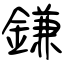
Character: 鎌